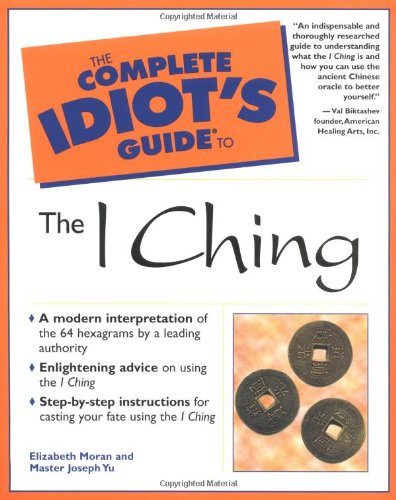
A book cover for The Complete Idiot's Guide to I Ching; Elizabeth Moran; Religion & Spirituality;